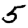
Digit: 5